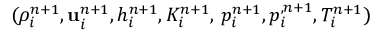
( \rho _ { i } ^ { n + 1 } , \mathbf u _ { i } ^ { n + 1 } , h _ { i } ^ { n + 1 } , K _ { i } ^ { n + 1 } , \, p _ { i } ^ { n + 1 } , p _ { i } ^ { , n + 1 } , T _ { i } ^ { n + 1 } )